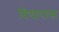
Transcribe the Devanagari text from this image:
विचारास